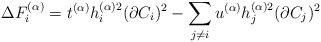
\begin{align*}\Delta F^{(\alpha)}_{i}=t^{(\alpha)}h^{(\alpha)2}_{i} (\partial C_{i})^{2}-\sum _{j\neq i}u^{(\alpha)}h^{(\alpha)2}_{j}(\partial C_{j})^{2} \end{align*}